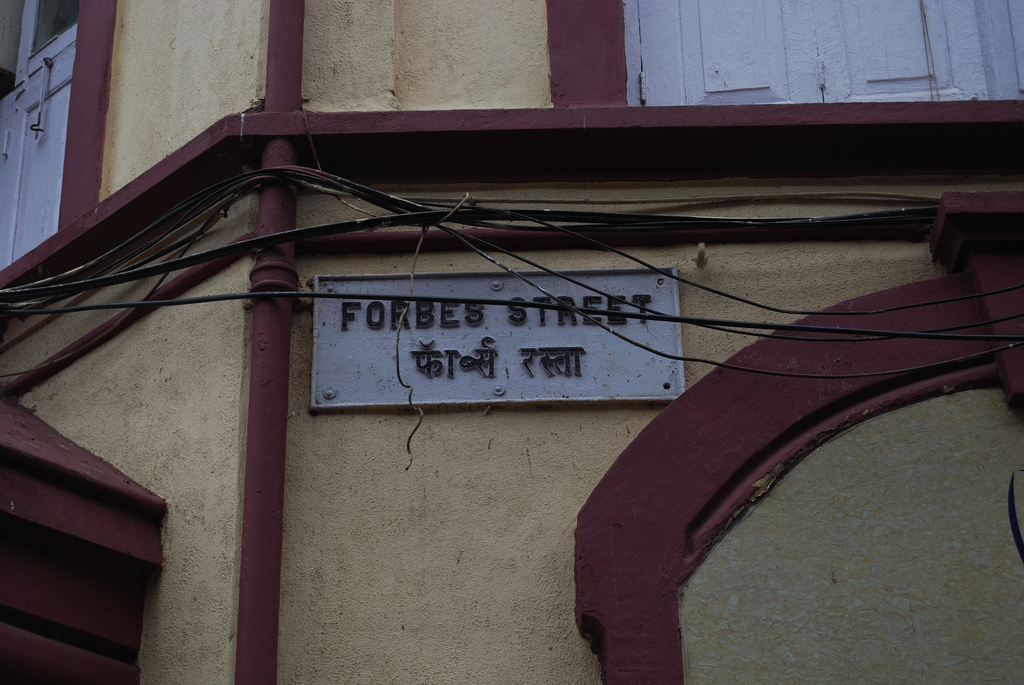
Language: hindi
Transcription: फॉर्ब्स रस्ता